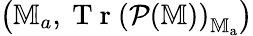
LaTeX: \left(\mathbb{M}_{a},\mathrm{~T~r~}\left(\mathcal{P}(\mathbb{M})\right)_{\mathbb{M}_{\mathrm{a}}}\right)